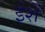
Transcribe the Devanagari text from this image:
ईशें